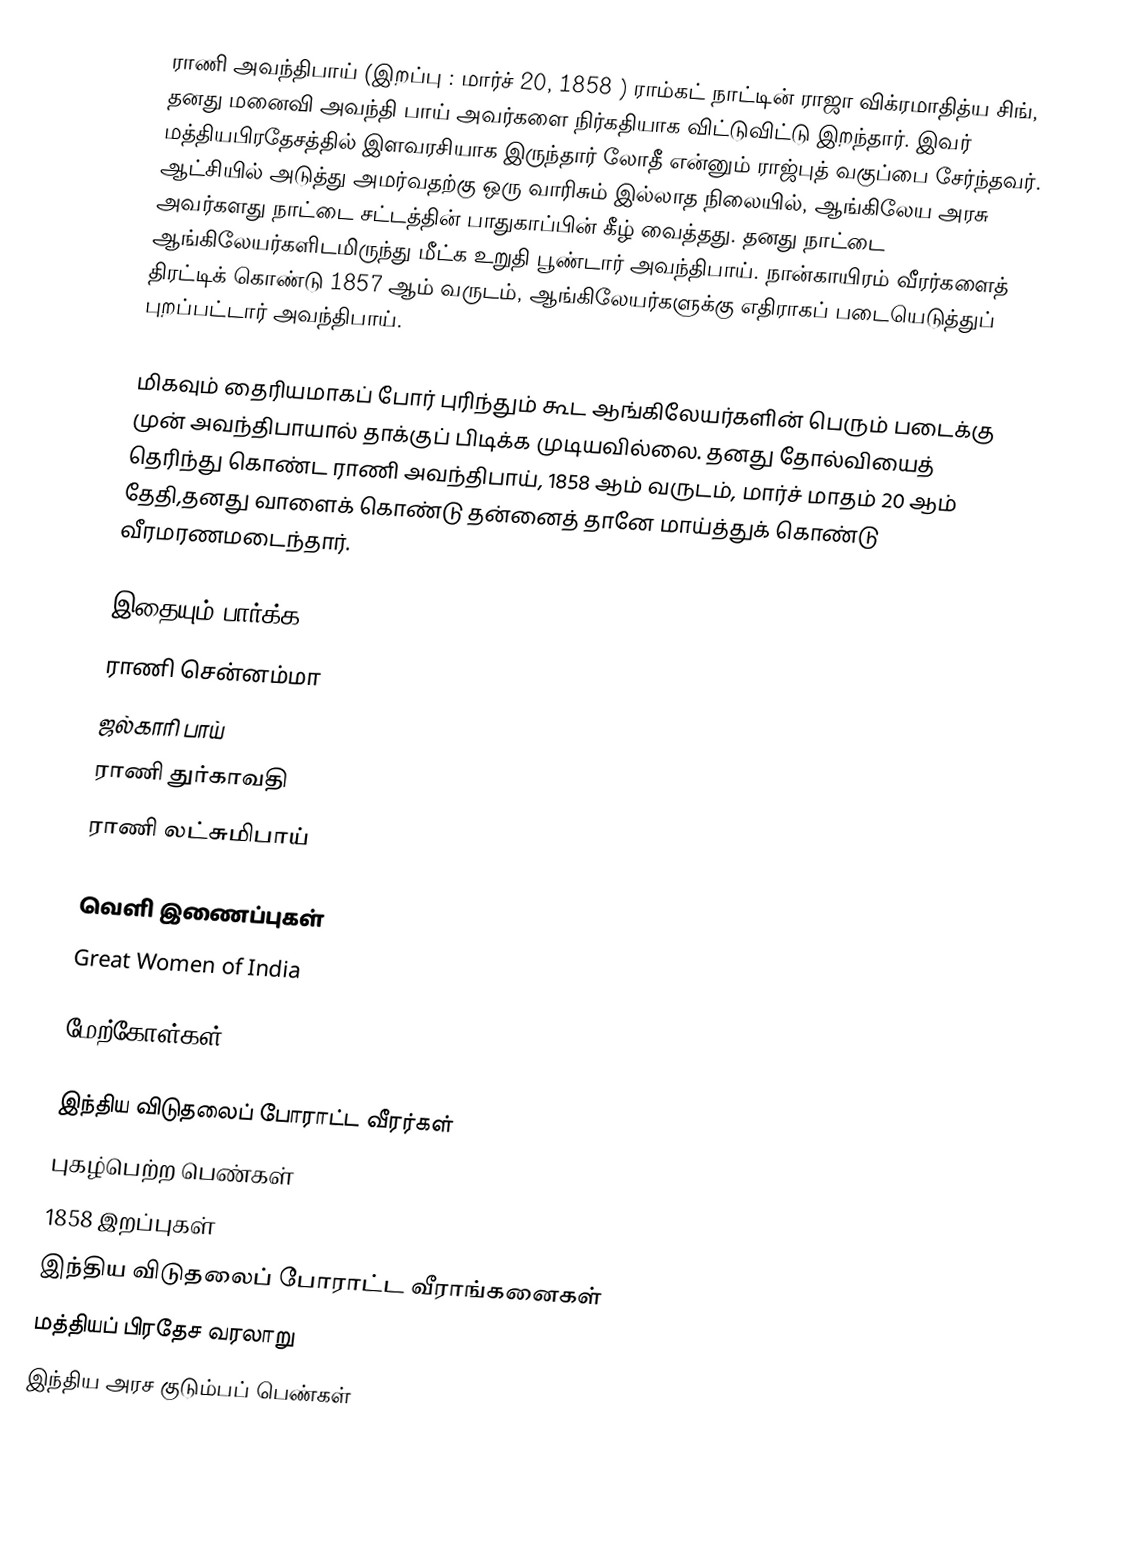
ராணி அவந்திபாய் (இறப்பு : மார்ச் 20, 1858 ) ராம்கட் நாட்டின் ராஜா விக்ரமாதித்ய சிங், தனது மனைவி அவந்தி பாய் அவர்களை நிர்கதியாக விட்டுவிட்டு இறந்தார். இவர் மத்தியபிரதேசத்தில் இளவரசியாக இருந்தார் லோதீ என்னும் ராஜ்புத் வகுப்பை சேர்ந்தவர். ஆட்சியில் அடுத்து அமர்வதற்கு ஒரு வாரிசும் இல்லாத நிலையில், ஆங்கிலேய அரசு அவர்களது நாட்டை சட்டத்தின் பாதுகாப்பின் கீழ் வைத்தது. தனது நாட்டை ஆங்கிலேயர்களிடமிருந்து மீட்க உறுதி பூண்டார் அவந்திபாய். நான்காயிரம் வீரர்களைத் திரட்டிக் கொண்டு 1857 ஆம் வருடம், ஆங்கிலேயர்களுக்கு எதிராகப் படையெடுத்துப் புறப்பட்டார் அவந்திபாய்.

மிகவும் தைரியமாகப் போர் புரிந்தும் கூட ஆங்கிலேயர்களின் பெரும் படைக்கு முன் அவந்திபாயால் தாக்குப் பிடிக்க முடியவில்லை. தனது தோல்வியைத் தெரிந்து கொண்ட ராணி அவந்திபாய், 1858 ஆம் வருடம், மார்ச் மாதம் 20 ஆம் தேதி,தனது வாளைக் கொண்டு தன்னைத் தானே மாய்த்துக் கொண்டு வீரமரணமடைந்தார்.

இதையும் பார்க்க
ராணி சென்னம்மா
ஜல்காரி பாய்
ராணி துர்காவதி
ராணி லட்சுமிபாய்

வெளி இணைப்புகள்
Great Women of India

மேற்கோள்கள்

இந்திய விடுதலைப் போராட்ட வீரர்கள்
புகழ்பெற்ற பெண்கள்
1858 இறப்புகள்
இந்திய விடுதலைப் போராட்ட வீராங்கனைகள்
மத்தியப் பிரதேச வரலாறு
இந்திய அரச குடும்பப் பெண்கள்